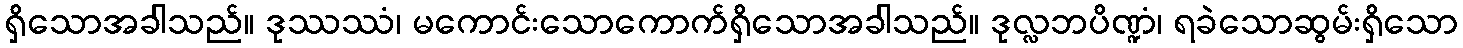
ရှိသောအခါသည်။ ဒုဿဿံ၊ မကောင်းသောကောက်ရှိသောအခါသည်။ ဒုလ္လဘပိဏ္ဍံ၊ ရခဲသောဆွမ်းရှိသော